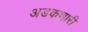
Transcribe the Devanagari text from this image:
अडकणारी